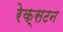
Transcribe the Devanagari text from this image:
रेक्सटन